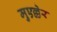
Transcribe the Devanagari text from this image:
मुएल्लेर